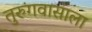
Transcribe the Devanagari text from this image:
तुरुंगवासाला